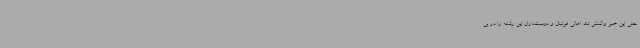
حتی این خبر واکنش تند اهالی فوتبال و دوست‌داران این رشته را در پی